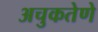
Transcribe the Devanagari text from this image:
अचुकतेणे